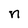
Character: n